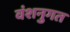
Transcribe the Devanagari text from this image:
वंशनुगत